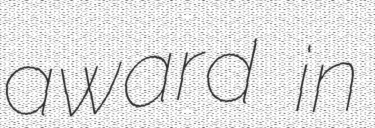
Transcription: award in